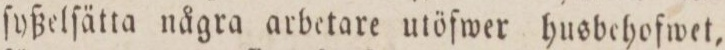
ſyßelſätta några arbetare utöfwer husbehofwet,